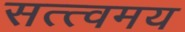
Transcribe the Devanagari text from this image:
सत्त्वमय